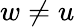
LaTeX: w\neq u